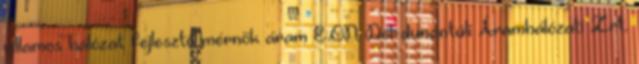
villamos hálózat fejlesztő mérnök áram E.ON Dél-dunántúli Áramhálózati Zrt.